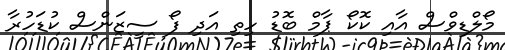
މޯލްޑިވްސް އާއި ކޮކޯ ޕާމް ބޮޑު ހިތި އަދި ފޯ ސީޒަންސް ކުޑަހުރާ